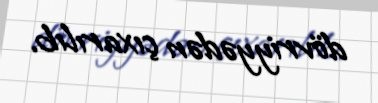
dövriyyədən çıxarılıb.